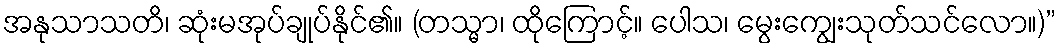
အနုသာသတိ၊ ဆုံးမအုပ်ချုပ်နိုင်၏။ (တသ္မာ၊ ထိုကြောင့်။ ပေါသ၊ မွေးကျွေးသုတ်သင်လော။)”